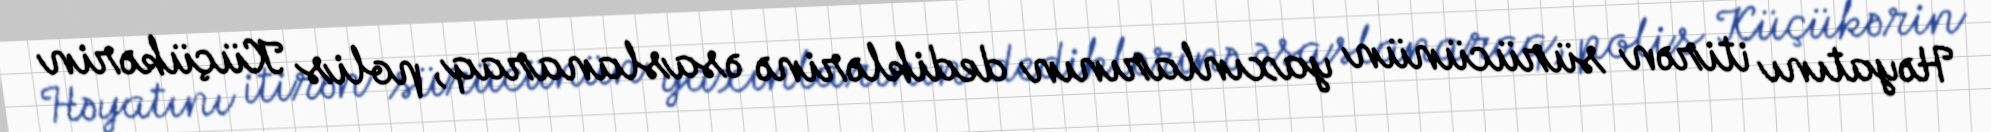
Həyatını itirən sürücünün yaxınlarının dediklərinə əsaslanaraq, polis Küçükərin